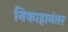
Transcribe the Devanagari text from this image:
निकाहानंतर